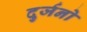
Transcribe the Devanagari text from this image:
दुर्जनो